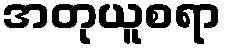
အတုယူစရာ